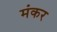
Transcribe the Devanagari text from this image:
मंकर